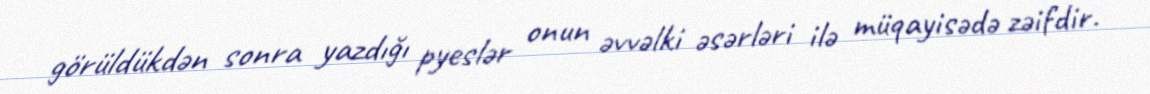
görüldükdən sonra yazdığı pyeslər onun əvvəlki əsərləri ilə müqayisədə zəifdir.